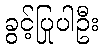
ခွင့်ပြုပါဦး